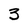
Character: 3